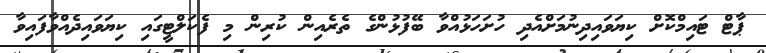
ޕާޓް ޓައިމްކޮށް ކިޔަވައިދިނުމަށްއެދި ހުށަހަޅުއްވާ ބޭފުޅުންގެ ތެރެއިން ކުރިން މި ފެކަލްޓީގައި ކިޔަވައިދެއްވާފައިވާ